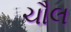
ચૌલ